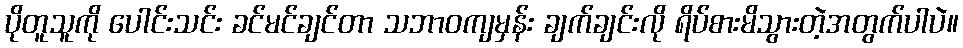
ပိုတူသူကို ပေါင်းသင်း ခင်မင်ချင်တာ သဘာဝကျမှန်း ချက်ချင်းလို ရိပ်စားမိသွားတဲ့အတွက်ပါပဲ။